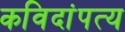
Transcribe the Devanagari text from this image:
कविदांपत्य